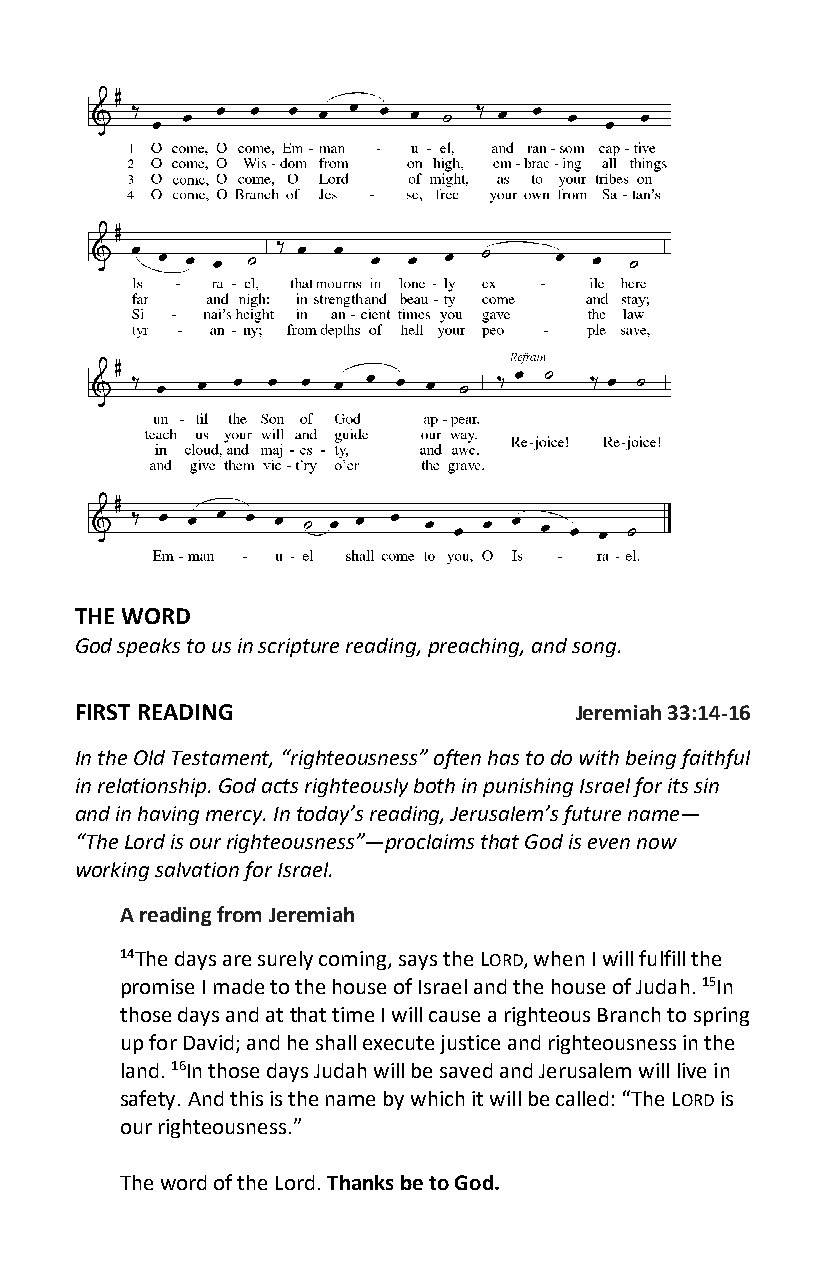
THE WORD
 God speaks to us in scripture reading, preaching, and song.
 FIRST READING                    Jeremiah 33:14-16
 In the Old Testament, “righteousness” often has to do with being faithful
 in relationship. God acts righteously both in punishing Israel for its sin
 and in having mercy. In today’s reading, Jerusalem’s future name—
 “The Lord is our righteousness”—proclaims that God is even now
 working salvation for Israel.
 A reading from Jeremiah
 14The days are surely coming, says the LORD, when I will fulfill the
 promise I made to the house of Israel and the house of Judah. 15In
 those days and at that time I will cause a righteous Branch to spring
 up for David; and he shall execute justice and righteousness in the
 land. 16In those days Judah will be saved and Jerusalem will live in
 safety. And this is the name by which it will be called: “The LORD is
 our righteousness.”
 The word of the Lord. Thanks be to God.